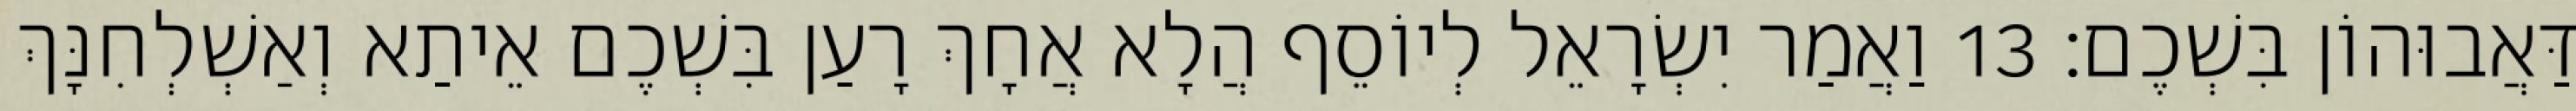
דַּאֲבוּהוֹן בִּשְׁכֶם׃ 13 וַאֲמַר יִשְׂרָאֵל לְיוֹסֵף הֲלָא אֲחָךְ רָעַן בִּשְׁכֶם אֵיתַא וְאַשְׁלְחִנָּךְ